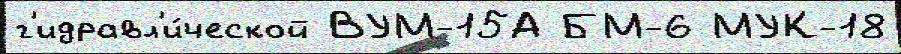
г'идравл'и́ческой ВУМ-15А БМ-6 МУК-18